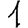
Digit: 1